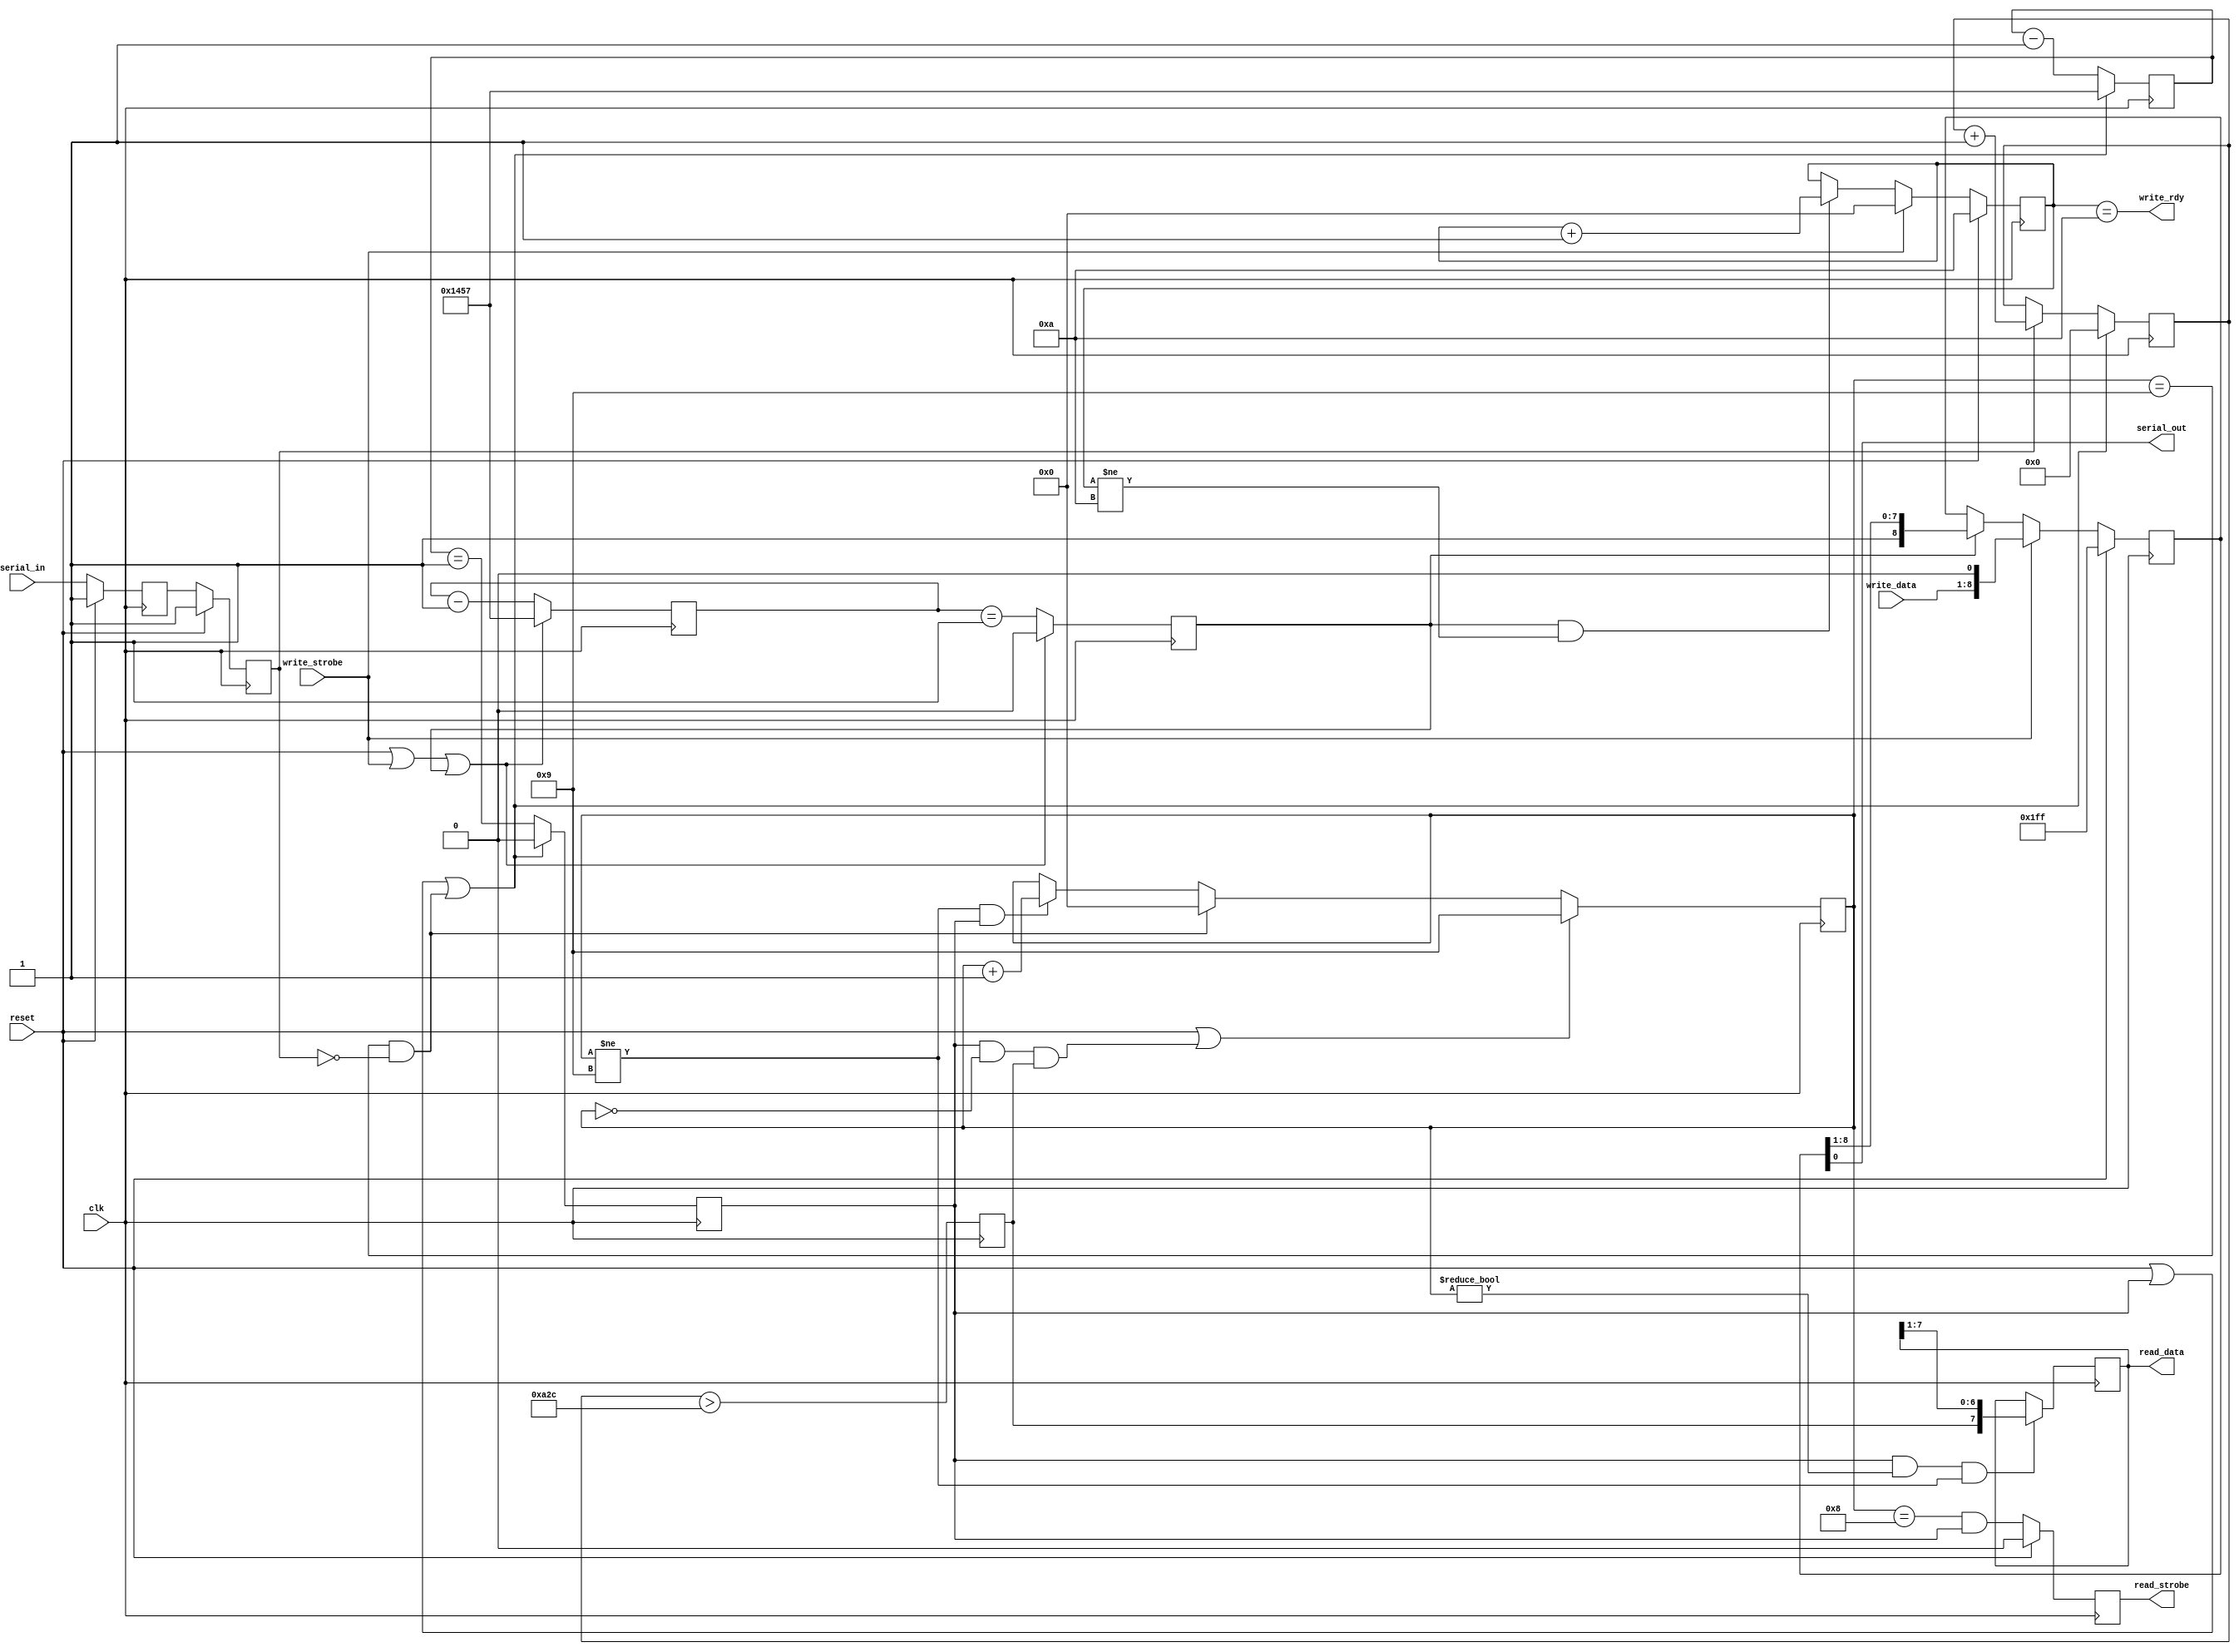
`timescale 1ns / 1ps
//////////////////////////////////////////////////////////////////////////////
// Company:
//
// Design Name:
// Module Name: uart
//
//    Implements a simple no parity, 8-bit serial interface.
//
//////////////////////////////////////////////////////////////////////////////
//////////////////////////////////////////////////////////////////////////////
//
// Copyright (C) 2007, Thomas Skibo.  All rights reserved.
//
// Redistribution and use in source and binary forms, with or without
// modification, are permitted provided that the following conditions are met:
// * Redistributions of source code must retain the above copyright
//   notice, this list of conditions and the following disclaimer.
// * Redistributions in binary form must reproduce the above copyright
//   notice, this list of conditions and the following disclaimer in the
//   documentation and/or other materials provided with the distribution.
// * The names of contributors may not be used to endorse or promote products
//   derived from this software without specific prior written permission.
//
// THIS SOFTWARE IS PROVIDED BY THE COPYRIGHT HOLDERS AND CONTRIBUTORS "AS IS"
// AND ANY EXPRESS OR IMPLIED WARRANTIES, INCLUDING, BUT NOT LIMITED TO, THE
// IMPLIED WARRANTIES OF MERCHANTABILITY AND FITNESS FOR A PARTICULAR PURPOSE
// ARE DISCLAIMED. IN NO EVENT SHALL Thomas Skibo OR CONTRIBUTORS BE LIABLE FOR
// ANY DIRECT, INDIRECT, INCIDENTAL, SPECIAL, EXEMPLARY, OR CONSEQUENTIAL
// DAMAGES (INCLUDING, BUT NOT LIMITED TO, PROCUREMENT OF SUBSTITUTE GOODS OR
// SERVICES; LOSS OF USE, DATA, OR PROFITS; OR BUSINESS INTERRUPTION) HOWEVER
// CAUSED AND ON ANY THEORY OF LIABILITY, WHETHER IN CONTRACT, STRICT
// LIABILITY, OR TORT (INCLUDING NEGLIGENCE OR OTHERWISE) ARISING IN ANY WAY
// OUT OF THE USE OF THIS SOFTWARE, EVEN IF ADVISED OF THE POSSIBILITY OF
// SUCH DAMAGE.
//
//////////////////////////////////////////////////////////////////////////////

module uart(output           serial_out,
            input            serial_in,

            output           write_rdy,
            input [7:0]      write_data,
            input            write_strobe,

            output reg [7:0] read_data,
            output reg       read_strobe,

            input            reset,
            input            clk
            );

    parameter [15:0]
        CLK_DIVIDER = 5208; // 19,200 baud @ 100 Mhz or 9600 @ 50 Mhz

    ///////////// output //////////////////////////
    //
    reg [8:0]                out_data;
    reg [3:0]                out_bit_cntr;
    reg [15:0]               out_clk_div;
    reg                      out_clk_div_zero;

    always @(posedge clk)
        if (reset)
            out_data <= 9'h1ff;
        else if (write_strobe)
            out_data <= { write_data, 1'b0 };
        else if (out_clk_div_zero)
            out_data <= { 1'b1, out_data[8:1] };

    // out_clk_div is a clock divider.  It generates a pulse
    // every bit time and advances the shift register.
    //
    always @(posedge clk)
        if (reset || write_strobe || out_clk_div_zero) begin
            out_clk_div <= CLK_DIVIDER-1;
            out_clk_div_zero <= 0;
        end
        else begin
            out_clk_div <= out_clk_div - 1;
            out_clk_div_zero <= (out_clk_div == 16'd1);
        end

    // out_bit_cntr counts the 10 bits out and controls the write_rdy
    // signal.
    //
    always @(posedge clk)
        if (reset)
            out_bit_cntr <= 4'd10;
        else if (write_strobe)
            out_bit_cntr <= 4'd0;
        else if (out_clk_div_zero && out_bit_cntr != 4'd10)
            out_bit_cntr <= out_bit_cntr + 1;

    assign write_rdy = (out_bit_cntr == 4'd10);
    assign serial_out = out_data[0];

    //////////////// Input ////////////////////////////
    //
    reg         serial_in_1;
    reg         serial_in_synced;
    reg [3:0]   in_bit_cntr;
    reg [15:0]  in_clk_div;
    reg [15:0]  in_ones_cntr;
    reg         in_ones_avg;
    reg         in_clk_tick;

    wire        in_start;
    wire        in_err;

    // synchronize serial_in.
    //
    always @(posedge clk)
        if (reset) begin
            serial_in_synced <= 1;
            serial_in_1 <= 1;
        end
        else begin
            serial_in_synced <= serial_in_1;
            serial_in_1 <= serial_in;
        end

    always @(posedge clk)
        if (reset || in_err)
            in_bit_cntr <= 4'd9;
        else if (in_start)
            in_bit_cntr <= 4'd0;
        else if (in_bit_cntr != 4'd9 && in_clk_tick)
            in_bit_cntr <= in_bit_cntr+1;

    assign in_start = (in_bit_cntr == 4'd9 && !serial_in_synced);
    assign in_err = (in_clk_tick && in_bit_cntr == 4'd0 && in_ones_avg);

    always @(posedge clk)
        if (reset || in_clk_tick || in_start) begin
            in_clk_div <= CLK_DIVIDER-1;
            in_clk_tick <= 0;
        end
        else begin
            in_clk_div <= in_clk_div - 1;
            in_clk_tick <= (in_clk_div == 16'd1);
        end

    always @(posedge clk)
        if (reset || in_clk_tick || in_start)
            in_ones_cntr <= 16'd0;
        else if (serial_in_synced)
            in_ones_cntr <= in_ones_cntr + 1;

    always @(posedge clk)
        in_ones_avg <= (in_ones_cntr > (CLK_DIVIDER/2));

    always @(posedge clk)
        if (in_clk_tick && in_bit_cntr != 4'd0 && in_bit_cntr != 4'd9)
            read_data <= { in_ones_avg, read_data[7:1] };

    always @(posedge clk)
        if (reset)
            read_strobe <= 0;
        else
            read_strobe <= (in_bit_cntr == 4'd8 && in_clk_tick);

endmodule // uart